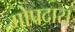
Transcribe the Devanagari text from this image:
गोपदास